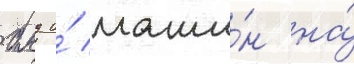
бмд и́ маши́н на́